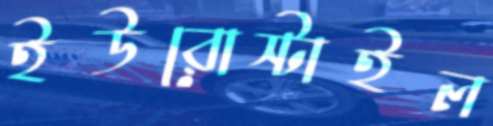
ইউরোস্টাইল